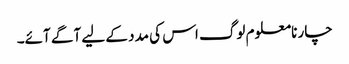
چار نامعلوم لوگ اس کی مدد کے لیے آگے آئے۔